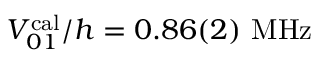
V _ { 0 1 } ^ { \mathrm { c a l } } / h = 0 . 8 6 ( 2 ) ~ \mathrm { M H z }